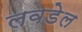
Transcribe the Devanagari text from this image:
लवडेल